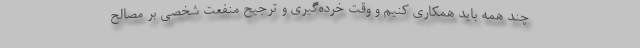
چند همه باید همکاری کنیم و وقت خُرده‌گیری و ترجیح منفعت شخصی بر مصالح